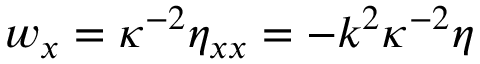
w _ { x } = \kappa ^ { - 2 } \eta _ { x x } = - k ^ { 2 } \kappa ^ { - 2 } \eta